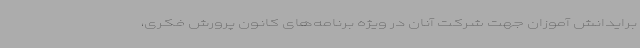
برایدانش آموزان جهت شرکت آنان در ویژه برنامه‌های کانون پرورش فکری،